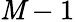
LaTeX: \mathit{M}-1